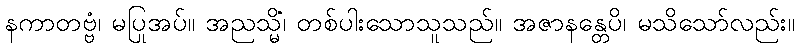
နကာတဗ္ဗံ၊ မပြုအပ်။ အညသ္မိံ၊ တစ်ပါးသောသူသည်။ အဇာနန္တေပိ၊ မသိသော်လည်း။